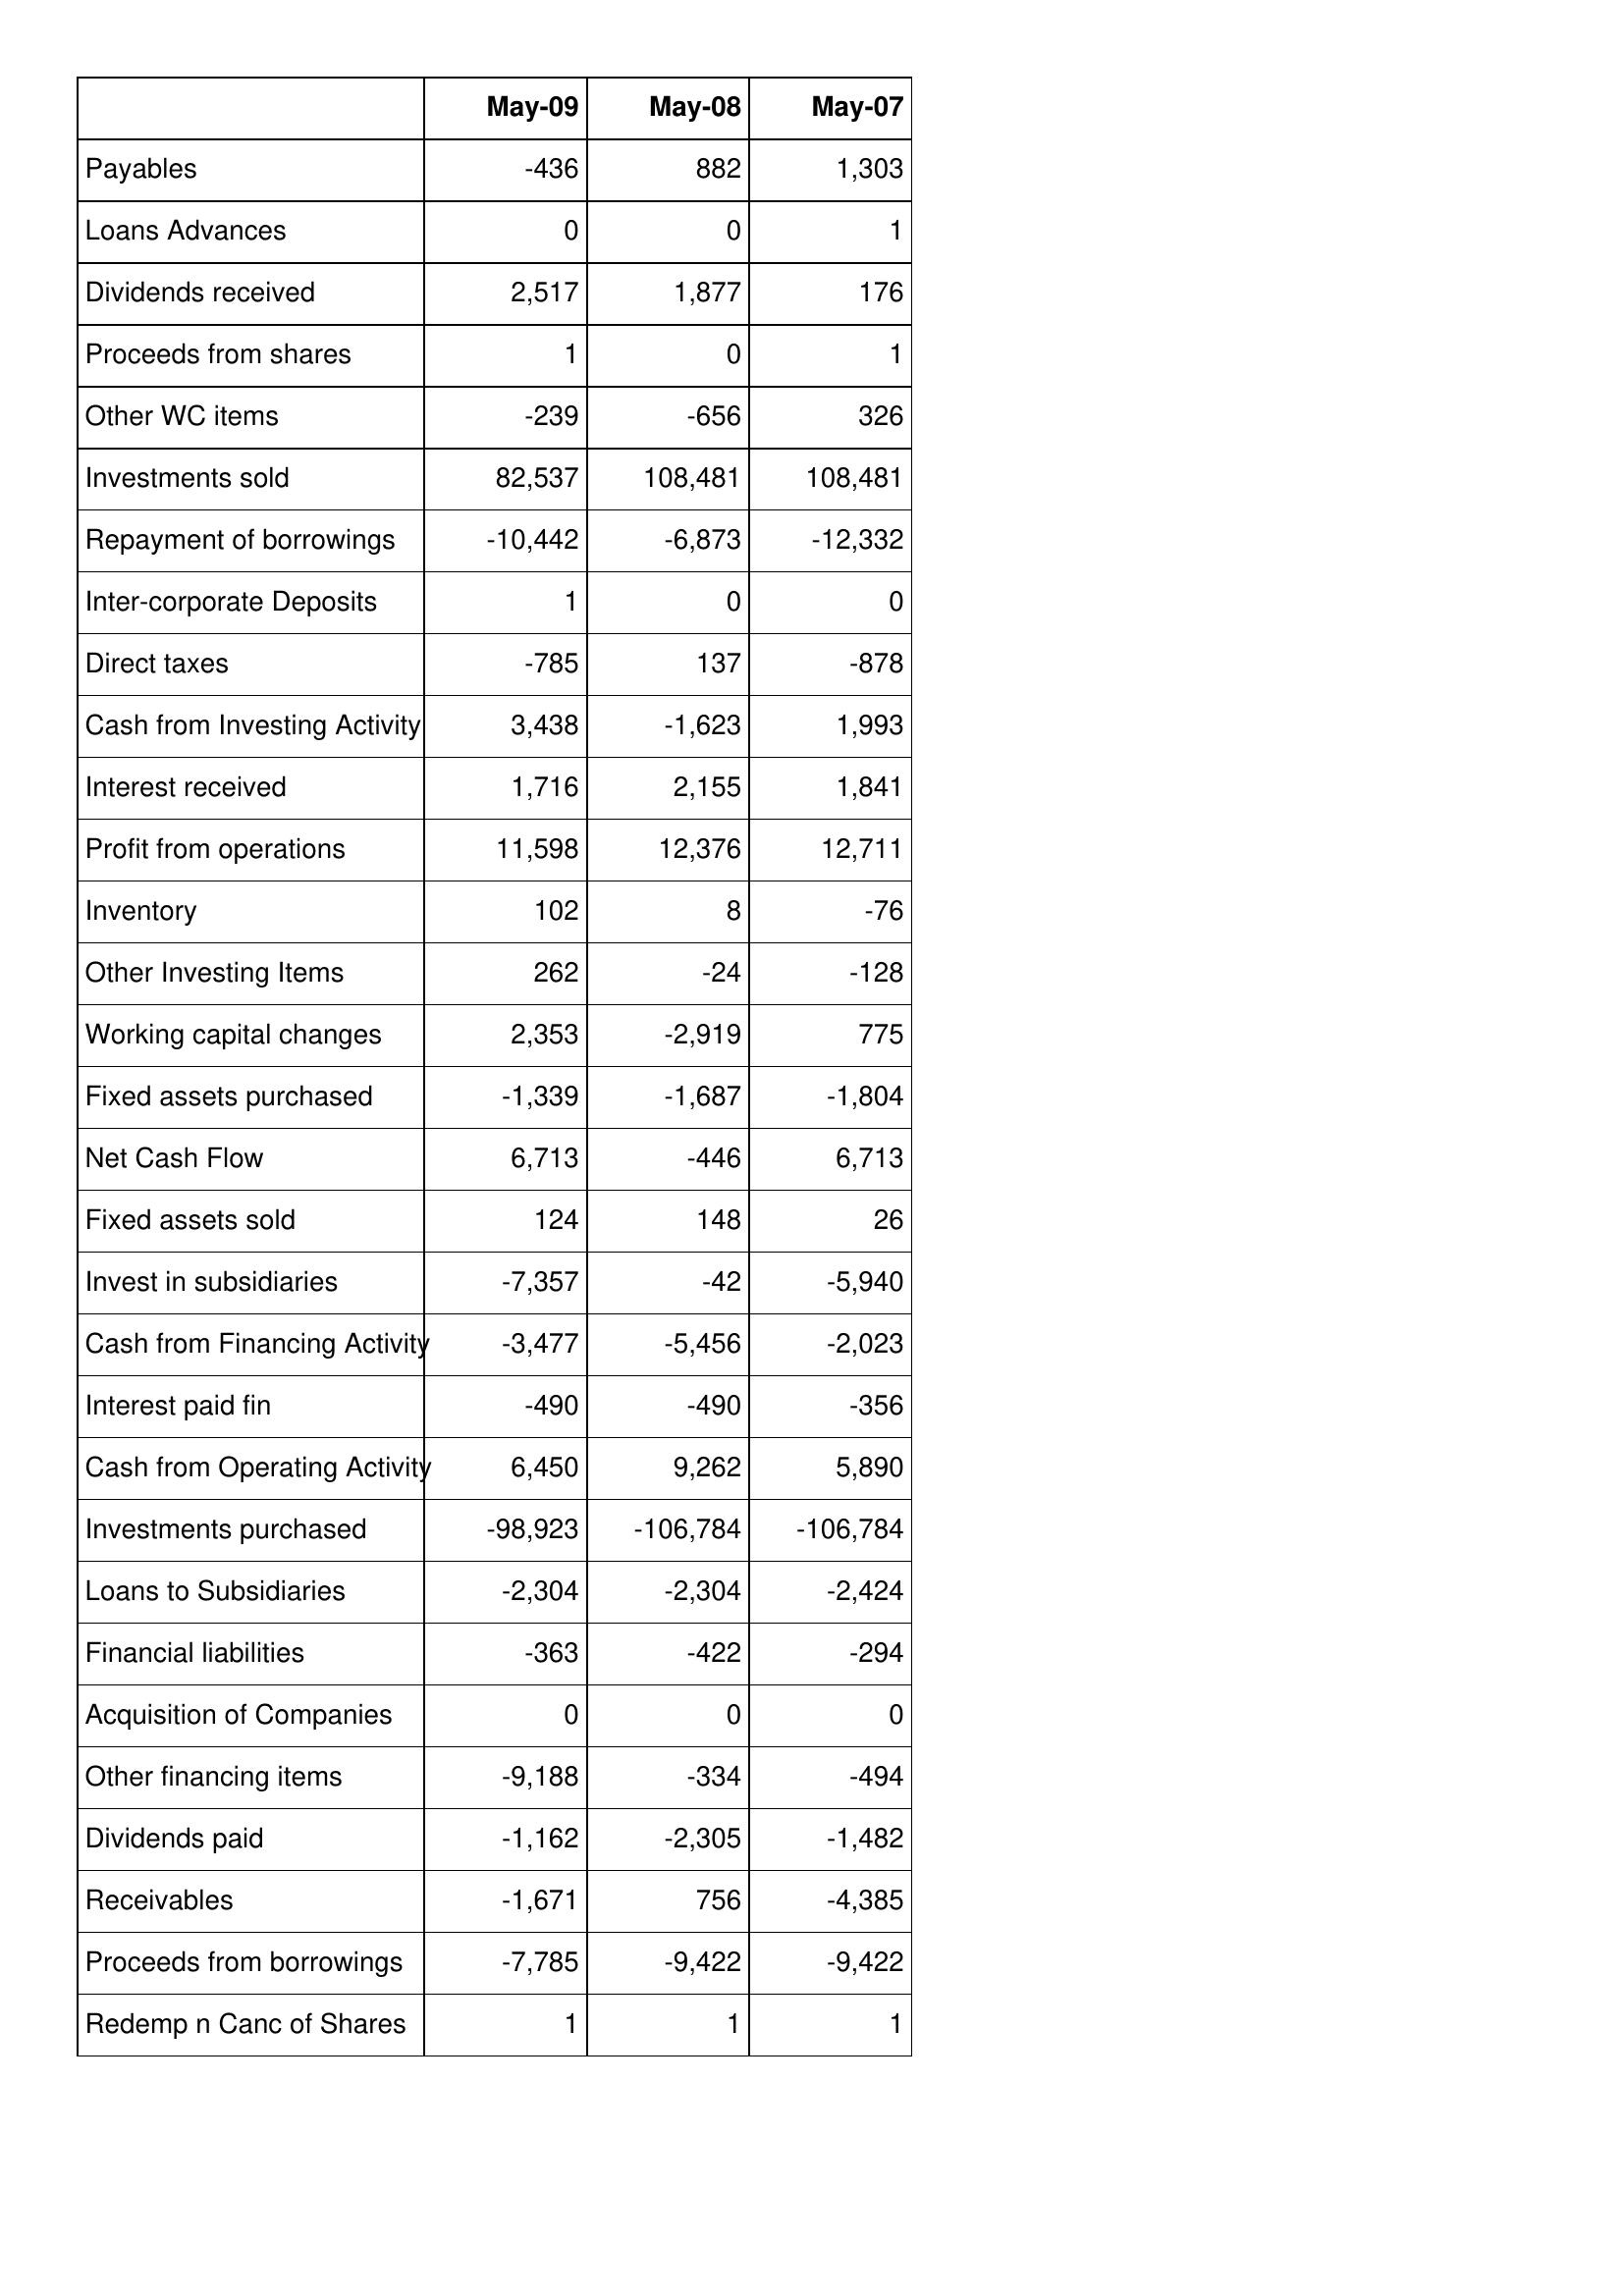
May-09: Cash Flows: Payables: -436
Loans Advances: 0
Dividends received: 2,517
Proceeds from shares: 1
Other WC items: -239
Investments sold: 82,537
Repayment of borrowings: -10,442
Inter-corporate Deposits: 1
Direct taxes: -785
Cash from Investing Activity: 3,438
Interest received: 1,716
Profit from operations: 11,598
Inventory: 102
Other Investing Items: 262
Working capital changes: 2,353
Fixed assets purchased: -1,339
Net Cash Flow: 6,713
Fixed assets sold: 124
Invest in subsidiaries: -7,357
Cash from Financing Activity: -3,477
Interest paid fin: -490
Cash from Operating Activity: 6,450
Investments purchased: -98,923
Loans to Subsidiaries: -2,304
Financial liabilities: -363
Acquisition of Companies: 0
Other financing items: -9,188
Dividends paid: -1,162
Receivables: -1,671
Proceeds from borrowings: -7,785
Redemp n Canc of Shares: 1
May-08: Cash Flows: Payables: 882
Loans Advances: 0
Dividends received: 1,877
Proceeds from shares: 0
Other WC items: -656
Investments sold: 108,481
Repayment of borrowings: -6,873
Inter-corporate Deposits: 0
Direct taxes: 137
Cash from Investing Activity: -1,623
Interest received: 2,155
Profit from operations: 12,376
Inventory: 8
Other Investing Items: -24
Working capital changes: -2,919
Fixed assets purchased: -1,687
Net Cash Flow: -446
Fixed assets sold: 148
Invest in subsidiaries: -42
Cash from Financing Activity: -5,456
Interest paid fin: -490
Cash from Operating Activity: 9,262
Investments purchased: -106,784
Loans to Subsidiaries: -2,304
Financial liabilities: -422
Acquisition of Companies: 0
Other financing items: -334
Dividends paid: -2,305
Receivables: 756
Proceeds from borrowings: -9,422
Redemp n Canc of Shares: 1
May-07: Cash Flows: Payables: 1,303
Loans Advances: 1
Dividends received: 176
Proceeds from shares: 1
Other WC items: 326
Investments sold: 108,481
Repayment of borrowings: -12,332
Inter-corporate Deposits: 0
Direct taxes: -878
Cash from Investing Activity: 1,993
Interest received: 1,841
Profit from operations: 12,711
Inventory: -76
Other Investing Items: -128
Working capital changes: 775
Fixed assets purchased: -1,804
Net Cash Flow: 6,713
Fixed assets sold: 26
Invest in subsidiaries: -5,940
Cash from Financing Activity: -2,023
Interest paid fin: -356
Cash from Operating Activity: 5,890
Investments purchased: -106,784
Loans to Subsidiaries: -2,424
Financial liabilities: -294
Acquisition of Companies: 0
Other financing items: -494
Dividends paid: -1,482
Receivables: -4,385
Proceeds from borrowings: -9,422
Redemp n Canc of Shares: 1